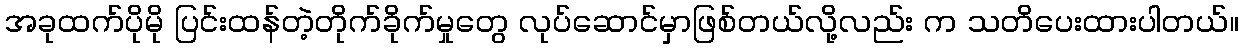
အခုထက်ပိုမို ပြင်းထန်တဲ့တိုက်ခိုက်မှုတွေ လုပ်ဆောင်မှာဖြစ်တယ်လို့လည်း က သတိပေးထားပါတယ်။